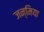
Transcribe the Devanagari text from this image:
जन्मिया